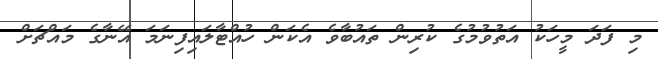
މި ފަދަ މީހަކު އަތުވުމުގެ ކުރިން ތައުބާވެ އެކަން ހުއްޓާލައިފިނަމަ އޭނާގެ މައްޗަށް